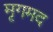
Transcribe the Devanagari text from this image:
मृगमद